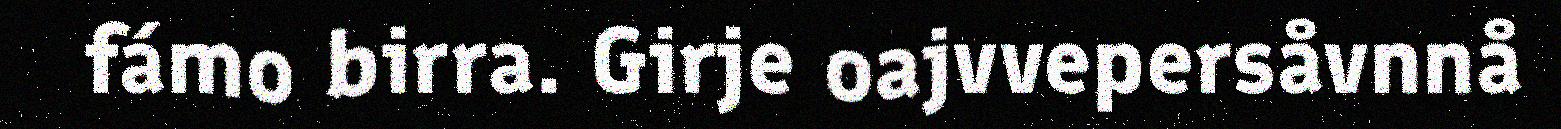
fámo birra. Girje oajvvepersåvnnå